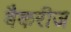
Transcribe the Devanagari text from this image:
बैकरीज